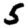
Digit: 5